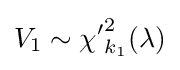
V_{1}\sim {\chi '}_{k_{1}}^{2}(\lambda )